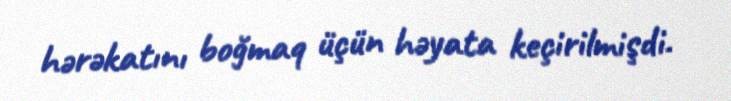
hərəkatını boğmaq üçün həyata keçirilmişdi.